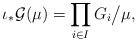
LaTeX: \begin{align*}\iota_*\mathcal G(\mu)=\prod_{i\in I} G_i\big/\mu,\end{align*}